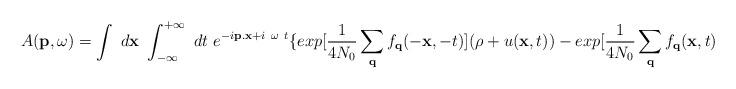
LaTeX: \begin{align*}A({\bf{p}},\omega) = \int \mbox{ }{ d{\bf{x}} }\mbox{ }\int_{ -\infty }^{ +\infty }\mbox{ }dt\mbox{ }e^{-i{\bf{p.x}} + i\mbox{ }\omega\mbox{ }t}\{ exp[\frac{1}{4N_{0}}\sum_{ {\bf{q}} }f_{ {\bf{q}} }(-{\bf{x}},-t) ](\rho + u({\bf{x}},t)) - exp[\frac{1}{4N_{0}}\sum_{ {\bf{q}} }f_{ {\bf{q}} }({\bf{x}},t) ]\rho \}\end{align*}